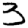
Digit: 3